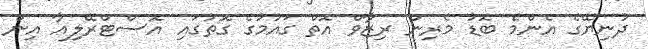
ދުނިޔޭގެ އެންމެ ބޮޑު މެރިން ރިޒާވް އޮތް ގައުމުގެ ގޮތުގައި އޮސްޓްރޭލިއާ އިން